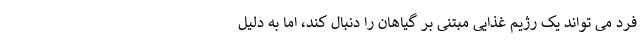
فرد می تواند یک رژیم غذایی مبتنی بر گیاهان را دنبال کند، اما به دلیل